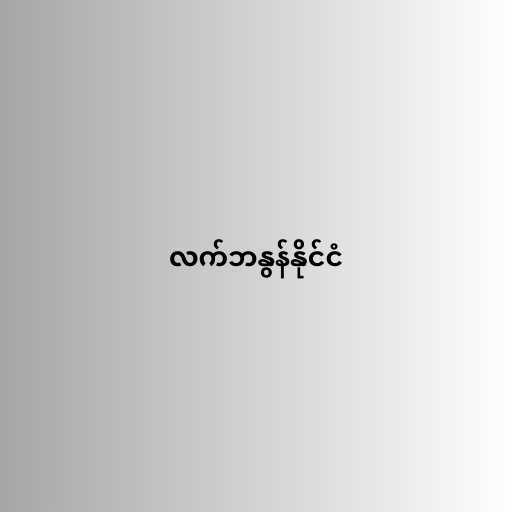
လက်ဘနွန်နိုင်ငံ